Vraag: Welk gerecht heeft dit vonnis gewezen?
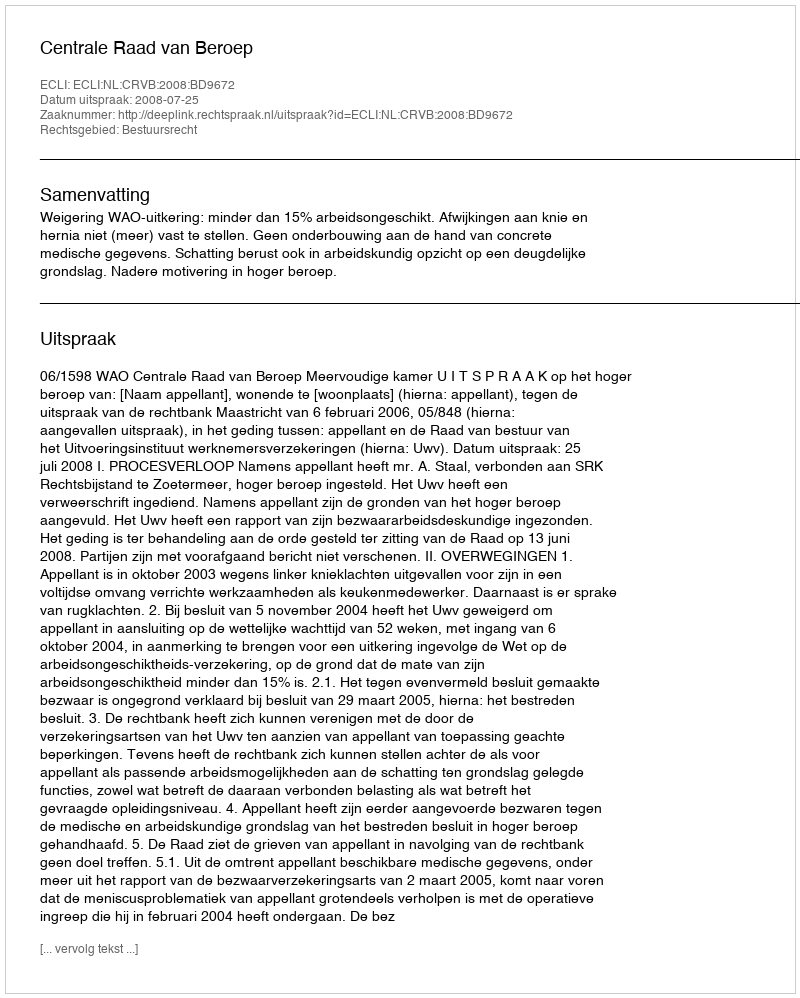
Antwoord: Centrale Raad van Beroep